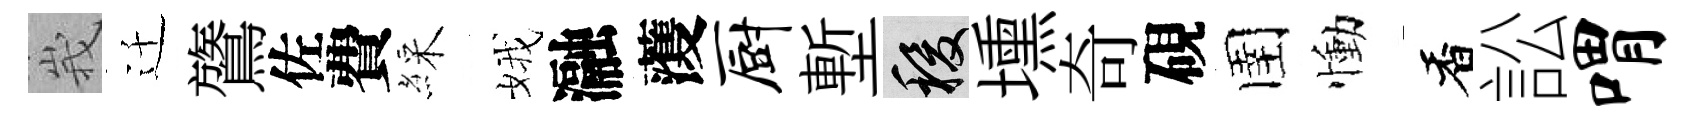
峩迁鷟佐費綵娥瀜𮑮厨塹稷壎奇硯圉慟香訟喟